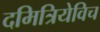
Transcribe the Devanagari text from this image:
दमित्रियेविच